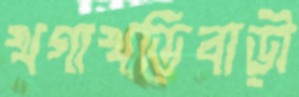
খগাখড়িবাড়ী